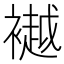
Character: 𫌐